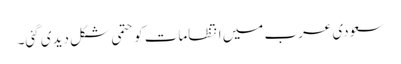
سعودی عرب میں انتظامات کو حتمی شکل دیدی گئی۔